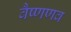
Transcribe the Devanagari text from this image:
वैष्णणव